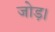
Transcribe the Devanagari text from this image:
जोड़।